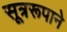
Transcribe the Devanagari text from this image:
सूत्ररूपाने